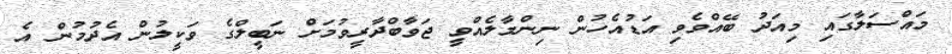
މައްސަލާގައި މިއަދު ބޭއްވެވި އަޑުއެހުން ނިންމާލެއްވީ ޖަވާބްދާރީވުމަށް ނަބީލްގެ ވަކީލުން އެދުމުން އެ